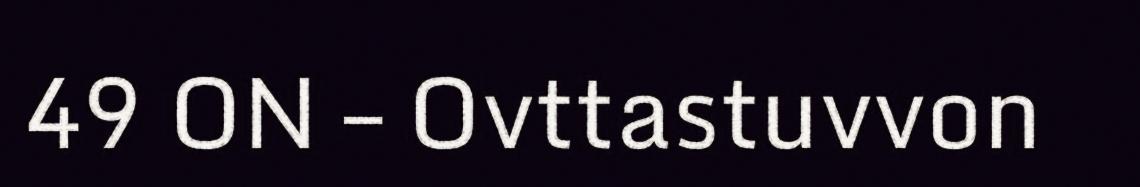
49 ON – Ovttastuvvon